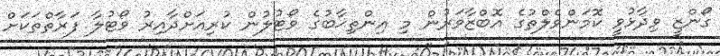
ގޯންޒީ ވިދާޅުވީ ކޮމަންވެލްތުގެ އޮބްޒާވަރުން މި އިންތިޚާބުގެ ވޯޓުލުން ކުރިއަށްދާއިރު ވޯޓުލާ ފަރާތްތަކަށް